Annual report on the Civil Veterinary Department, Burma (including the Insein Veterinary School) - 1932-1941
Year: 1932
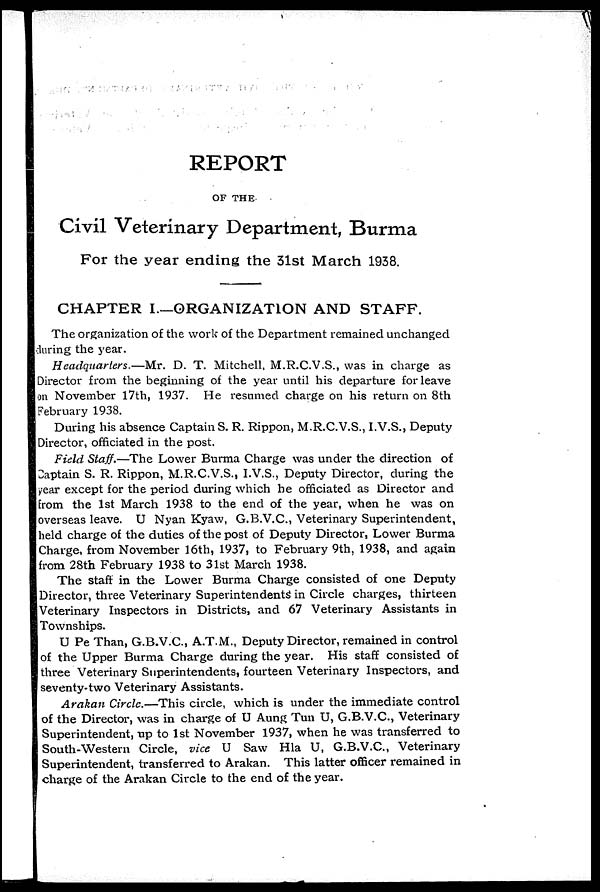
REPORT
OF THE
Civil Veterinary Department, Burma
For the year ending the 31st March 1938.
CHAPTER I.—ORGANIZATION AND STAFF.
The organization of the work of the Department remained unchanged
during the year.
Headquarters.—Mr. D. T. Mitchell, M.R.C.V.S., was in charge as
Director from the beginning of the year until his departure for leave
on November 17th, 1937. He resumed charge on his return on 8th
February 1938.
During his absence Captain S. R. Rippon, M.R.C.V.S., I.V.S., Deputy
Director, officiated in the post.
Field Staff.—The Lower Burma Charge was under the direction of
Captain S. R. Rippon, M.R.C.V.S., I.V.S., Deputy Director, during the
year except for the period during which he officiated as Director and
from the 1st March 1938 to the end of the year, when he was on
overseas leave. U Nyan Kyaw, G.B.V.C., Veterinary Superintendent,
held charge of the duties of the post of Deputy Director, Lower Burma
Charge, from November 16th, 1937, to February 9th, 1938, and again
from 28th February 1938 to 31st March 1938.
The staff in the Lower Burma Charge consisted of one Deputy
Director, three Veterinary Superintendents in Circle charges, thirteen
Veterinary Inspectors in Districts, and 67 Veterinary Assistants in
Townships.
U Pe Than, G.B.V.C., A.T.M., Deputy Director, remained in control
of the Upper Burma Charge during the year. His staff consisted of
three Veterinary Superintendents, fourteen Veterinary Inspectors, and
seventy-two Veterinary Assistants.
Arakan Circle.—This circle, which is under the immediate control
of the Director, was in charge of U Aung Tun U, G.B.V.C., Veterinary
Superintendent, up to 1st November 1937, when he was transferred to
South-Western Circle, vice U Saw Hla U, G.B.V.C., Veterinary
Superintendent, transferred to Arakan. This latter officer remained in
charge of the Arakan Circle to the end of the year.